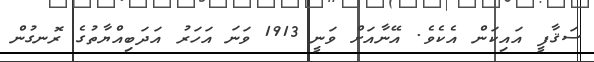
ސަޤާފީ އައިކަން އެކެވެ. އޭނާއަށް ވަނީ 1913 ވަނަ އަހަރު އަދަބިއްޔާތުގެ ރޮނގުން